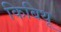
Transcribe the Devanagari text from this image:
किबिथू